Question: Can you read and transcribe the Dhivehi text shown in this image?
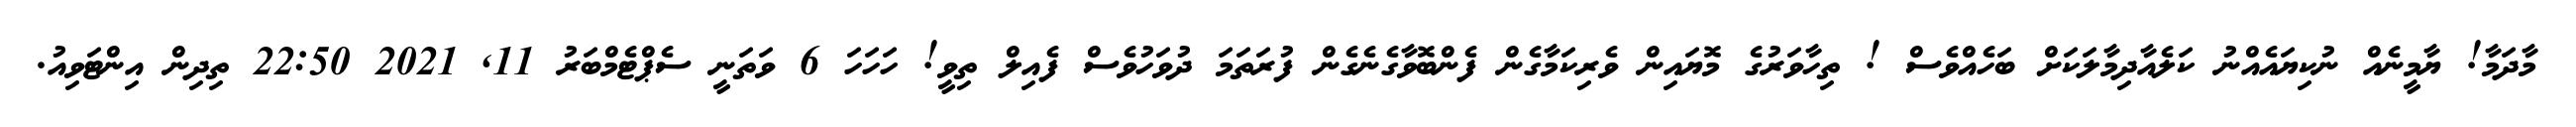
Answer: މާދަމާ! ޔާމީނެއް ނުކިޔައެއްނު ކަލެއާދިމާލަކަށް ބަހެއްވެސް ! ތިހާވަރުގެ މޮޔައިން ވެރިކަމާގެން ފެންބޮވާގެނެގެން ފުރަތަމަ ދުވަހުވެސް ފެއިލް ތިވީ! ހަހަހަ 6 ވަތަނީ ސެޕްޓެމްބަރު 11, 2021 22:50 ތިދިން އިންޓަވިއު.